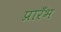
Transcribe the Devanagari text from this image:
प्रारँभ